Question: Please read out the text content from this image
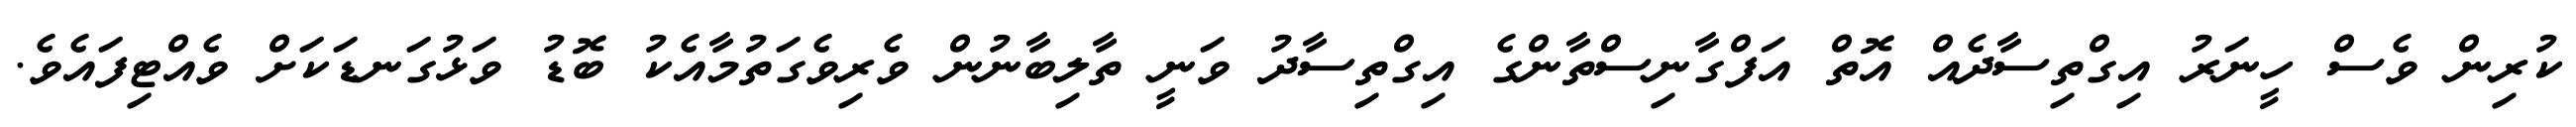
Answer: ކުރިން ވެސް ހީނަރު އިގްތިސާދެއް އޮތް އަފްގާނިސްތާންގެ އިގްތިސާދު ވަނީ ތާލިބާނުން ވެރިވެގަތުމާއެކު ބޮޑު ވަޅުގަނޑަކަށް ވެއްޓިފައެވެ.